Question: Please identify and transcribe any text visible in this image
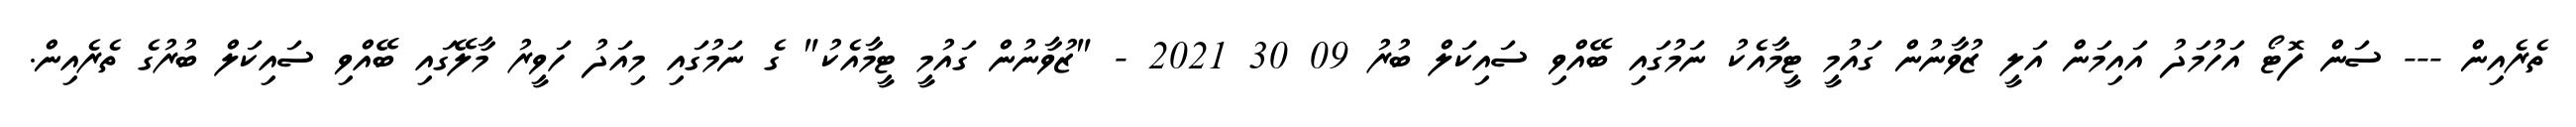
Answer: ތެރެއިން --- ސަން ފޮޓޯ އަހުމަދު އައިމަން އަލީ ޒުވާނުން ގައުމީ ޓީމާއެކު ނަމުގައި ބޭއްވި ސައިކަލް ބުރު 09 30 2021 - "ޒުވާނުން ގައުމީ ޓީމާއެކު" ގެ ނަމުގައި މިއަދު ހަވީރު މާލޭގައި ބޭއްވި ސައިކަލް ބުރުގެ ތެރެއިން.